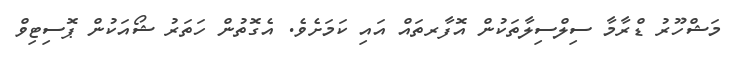
މަޝްހޫރު ޑްރާމާ ސިލްސިލާތަކުން އޮފާރތައް އައި ކަމަށެވެ. އެގޮތުން ހަތަރު ޝޯއަކުން ޕޮސިޓިވް